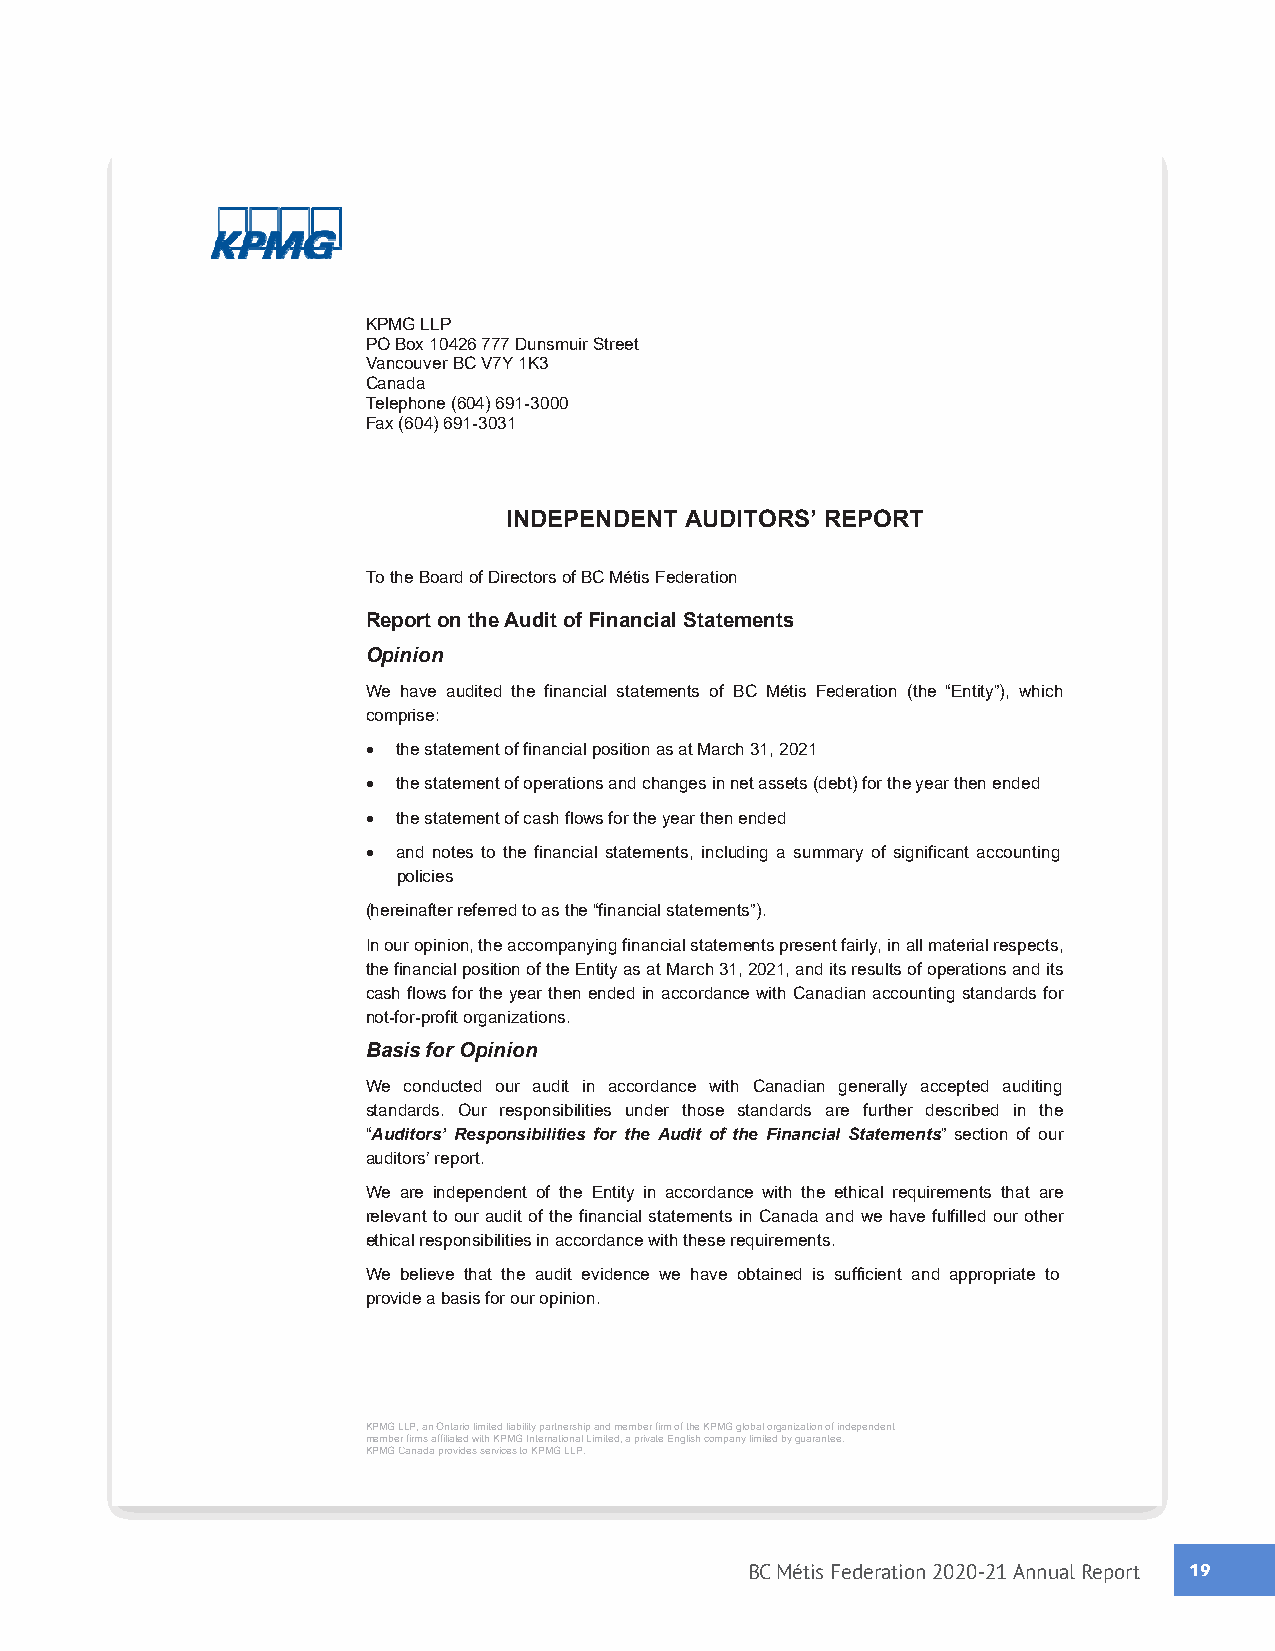
KPMG LLP
 PO Box 10426 777 Dunsmuir Street
 Vancouver BC V7Y 1K3
 Canada
 Telephone (604) 691-3000
 Fax (604) 691-3031
 INDEPENDENT AUDITORS’ REPORT
 To the Board of Directors of BC Métis Federation
 Report on the Audit of Financial Statements
 Opinion
 We have audited the financial statements of BC Métis Federation (the “Entity”), which
 comprise:
  the statement of financial position as at March 31, 2021
  the statement of operations and changes in net assets (debt) for the year then ended
  the statement of cash flows for the year then ended
  and notes to the financial statements, including a summary of significant accounting
 policies
 (hereinafter referred to as the “financial statements”).
 In our opinion, the accompanying financial statements present fairly, in all material respects,
 the financial position of the Entity as at March 31, 2021, and its results of operations and its
 cash flows for the year then ended in accordance with Canadian accounting standards for
 not-for-profit organizations.
 Basis for Opinion
 We conducted our audit in accordance with Canadian generally accepted auditing
 standards. Our responsibilities under those standards are further described in the
 “Auditors’ Responsibilities for the Audit of the Financial Statements” section of our
 auditors’ report.
 We are independent of the Entity in accordance with the ethical requirements that are
 relevant to our audit of the financial statements in Canada and we have fulfilled our other
 ethical responsibilities in accordance with these requirements.
 We believe that the audit evidence we have obtained is sufficient and appropriate to
 provide a basis for our opinion.
 KPMG LLP, an Ontario limited liability partnership and member firm of the KPMG global organization of independent
 m KPe Mm Gbe Cr f air nm as
 d
 aa f pfi rl oia vt ie dd
 e
 sw sit eh
 r
 K viP ceM sG
 to
 I n Kte Pr Mna Gti o Ln La Pl
 .
 L imited, a private English company limited by guarantee.
 BC Métis Federation 2020-21 Annual Report 1199